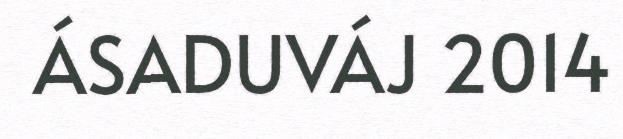
ÁSADUVÁJ 2014